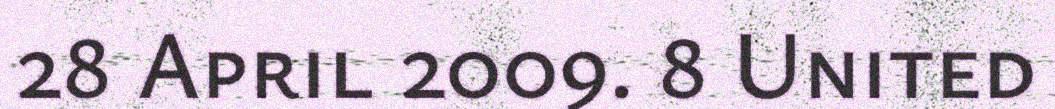
28 April 2009. 8 United